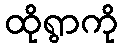
ထိုရွာကို